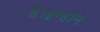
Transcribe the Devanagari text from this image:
है।इन्होने